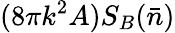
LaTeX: (8\pi k^{2}A)S_{B}(\bar{n})